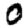
Digit: 0